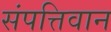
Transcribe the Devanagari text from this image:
संपत्तिवान